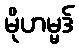
မိုဟမ္မဒ်